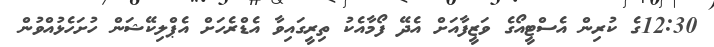
12:30ގެ ކުރިން އެސްޓީއޯގެ ވަޒީފާއަށް އެދޭ ފޯމާއެކު ތިރީގައިވާ އެޑްރެހަށް އެޕްލިކޭޝަން ހުށަހެޅުއްވުން